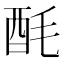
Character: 酕